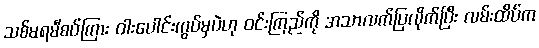
သစ်မရမီစပ်ကြား ဝါးပေါင်းကွပ်မှပဲဟု ဝင်းကြည်ကို အသာလက်ပြလိုက်ပြီး လမ်းထိပ်က